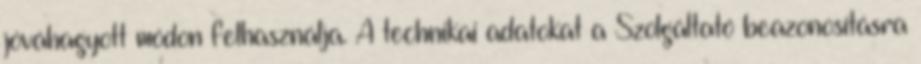
jóváhagyott módon felhasználja. A technikai adatokat a Szolgáltató beazonosításra